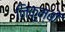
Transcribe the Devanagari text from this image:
निकुम्बों